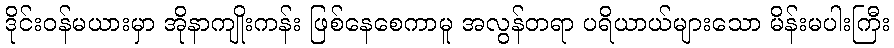
ဒိုင်းဝန်မယားမှာ အိုနာကျိုးကန်း ဖြစ်နေစေကာမူ အလွန်တရာ ပရိယာယ်များသော မိန်းမပါးကြီး